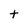
Character: t